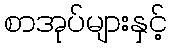
စာအုပ်များနှင့်